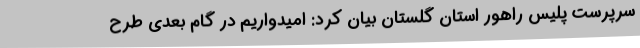
سرپرست پلیس راهور استان گلستان بیان کرد: امیدواریم در گام بعدی طرح